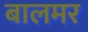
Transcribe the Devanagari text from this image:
बालमर